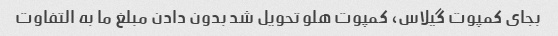
بجای کمپوت گیلاس، کمپوت هلو تحویل شد بدون دادن مبلغ ما به التفاوت